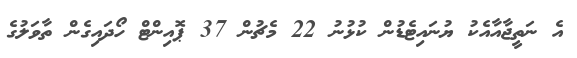
އެ ނަތީޖާއާއެކު ޔުނައިޓެޑުން ކުޅުނު 22 މެޗުން 37 ޕޮއިންޓް ހޯދައިގެން ތާވަލުގެ